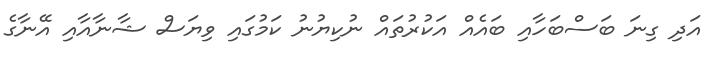
އަދި ގިނަ ބަސްބަހާއި ބައެއް އަކުރުތައް ނުކިޔުނު ކަމުގައި ވިޔަސް ޝާނާއާއި އޭނާގެ